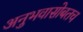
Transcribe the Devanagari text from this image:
अनुभवासोबतच